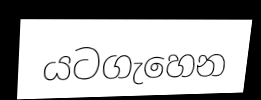
යටගැහෙන